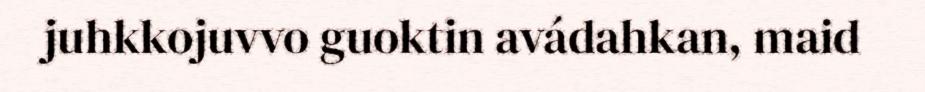
juhkkojuvvo guoktin avádahkan, maid